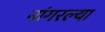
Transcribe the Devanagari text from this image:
नांगरल्या